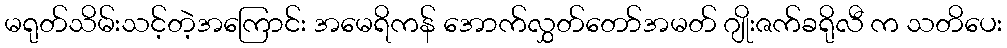
မရုတ်သိမ်းသင့်တဲ့အကြောင်း အမေရိကန် အောက်လွှတ်တော်အမတ် ဂျိုးဇက်ခရိုလီ က သတိပေး